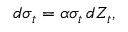
d \sigma _ { t } = \alpha \sigma _ { t } ^ { } \, d Z _ { t } ,